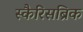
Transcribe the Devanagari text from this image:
स्कैरिसब्रिक